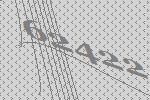
62422